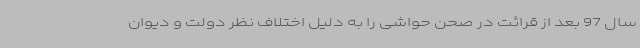
سال 97 بعد از قرائت در صحن حواشی را به دلیل اختلاف نظر دولت و دیوان